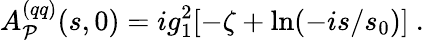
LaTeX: A_{\cal P}^{(qq)}(s,0)=ig_{1}^{2}[-\zeta+\ln(-is/s_{0})]\ .